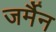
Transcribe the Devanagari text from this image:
जर्मैन